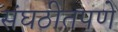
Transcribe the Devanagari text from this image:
संघठीतपणे